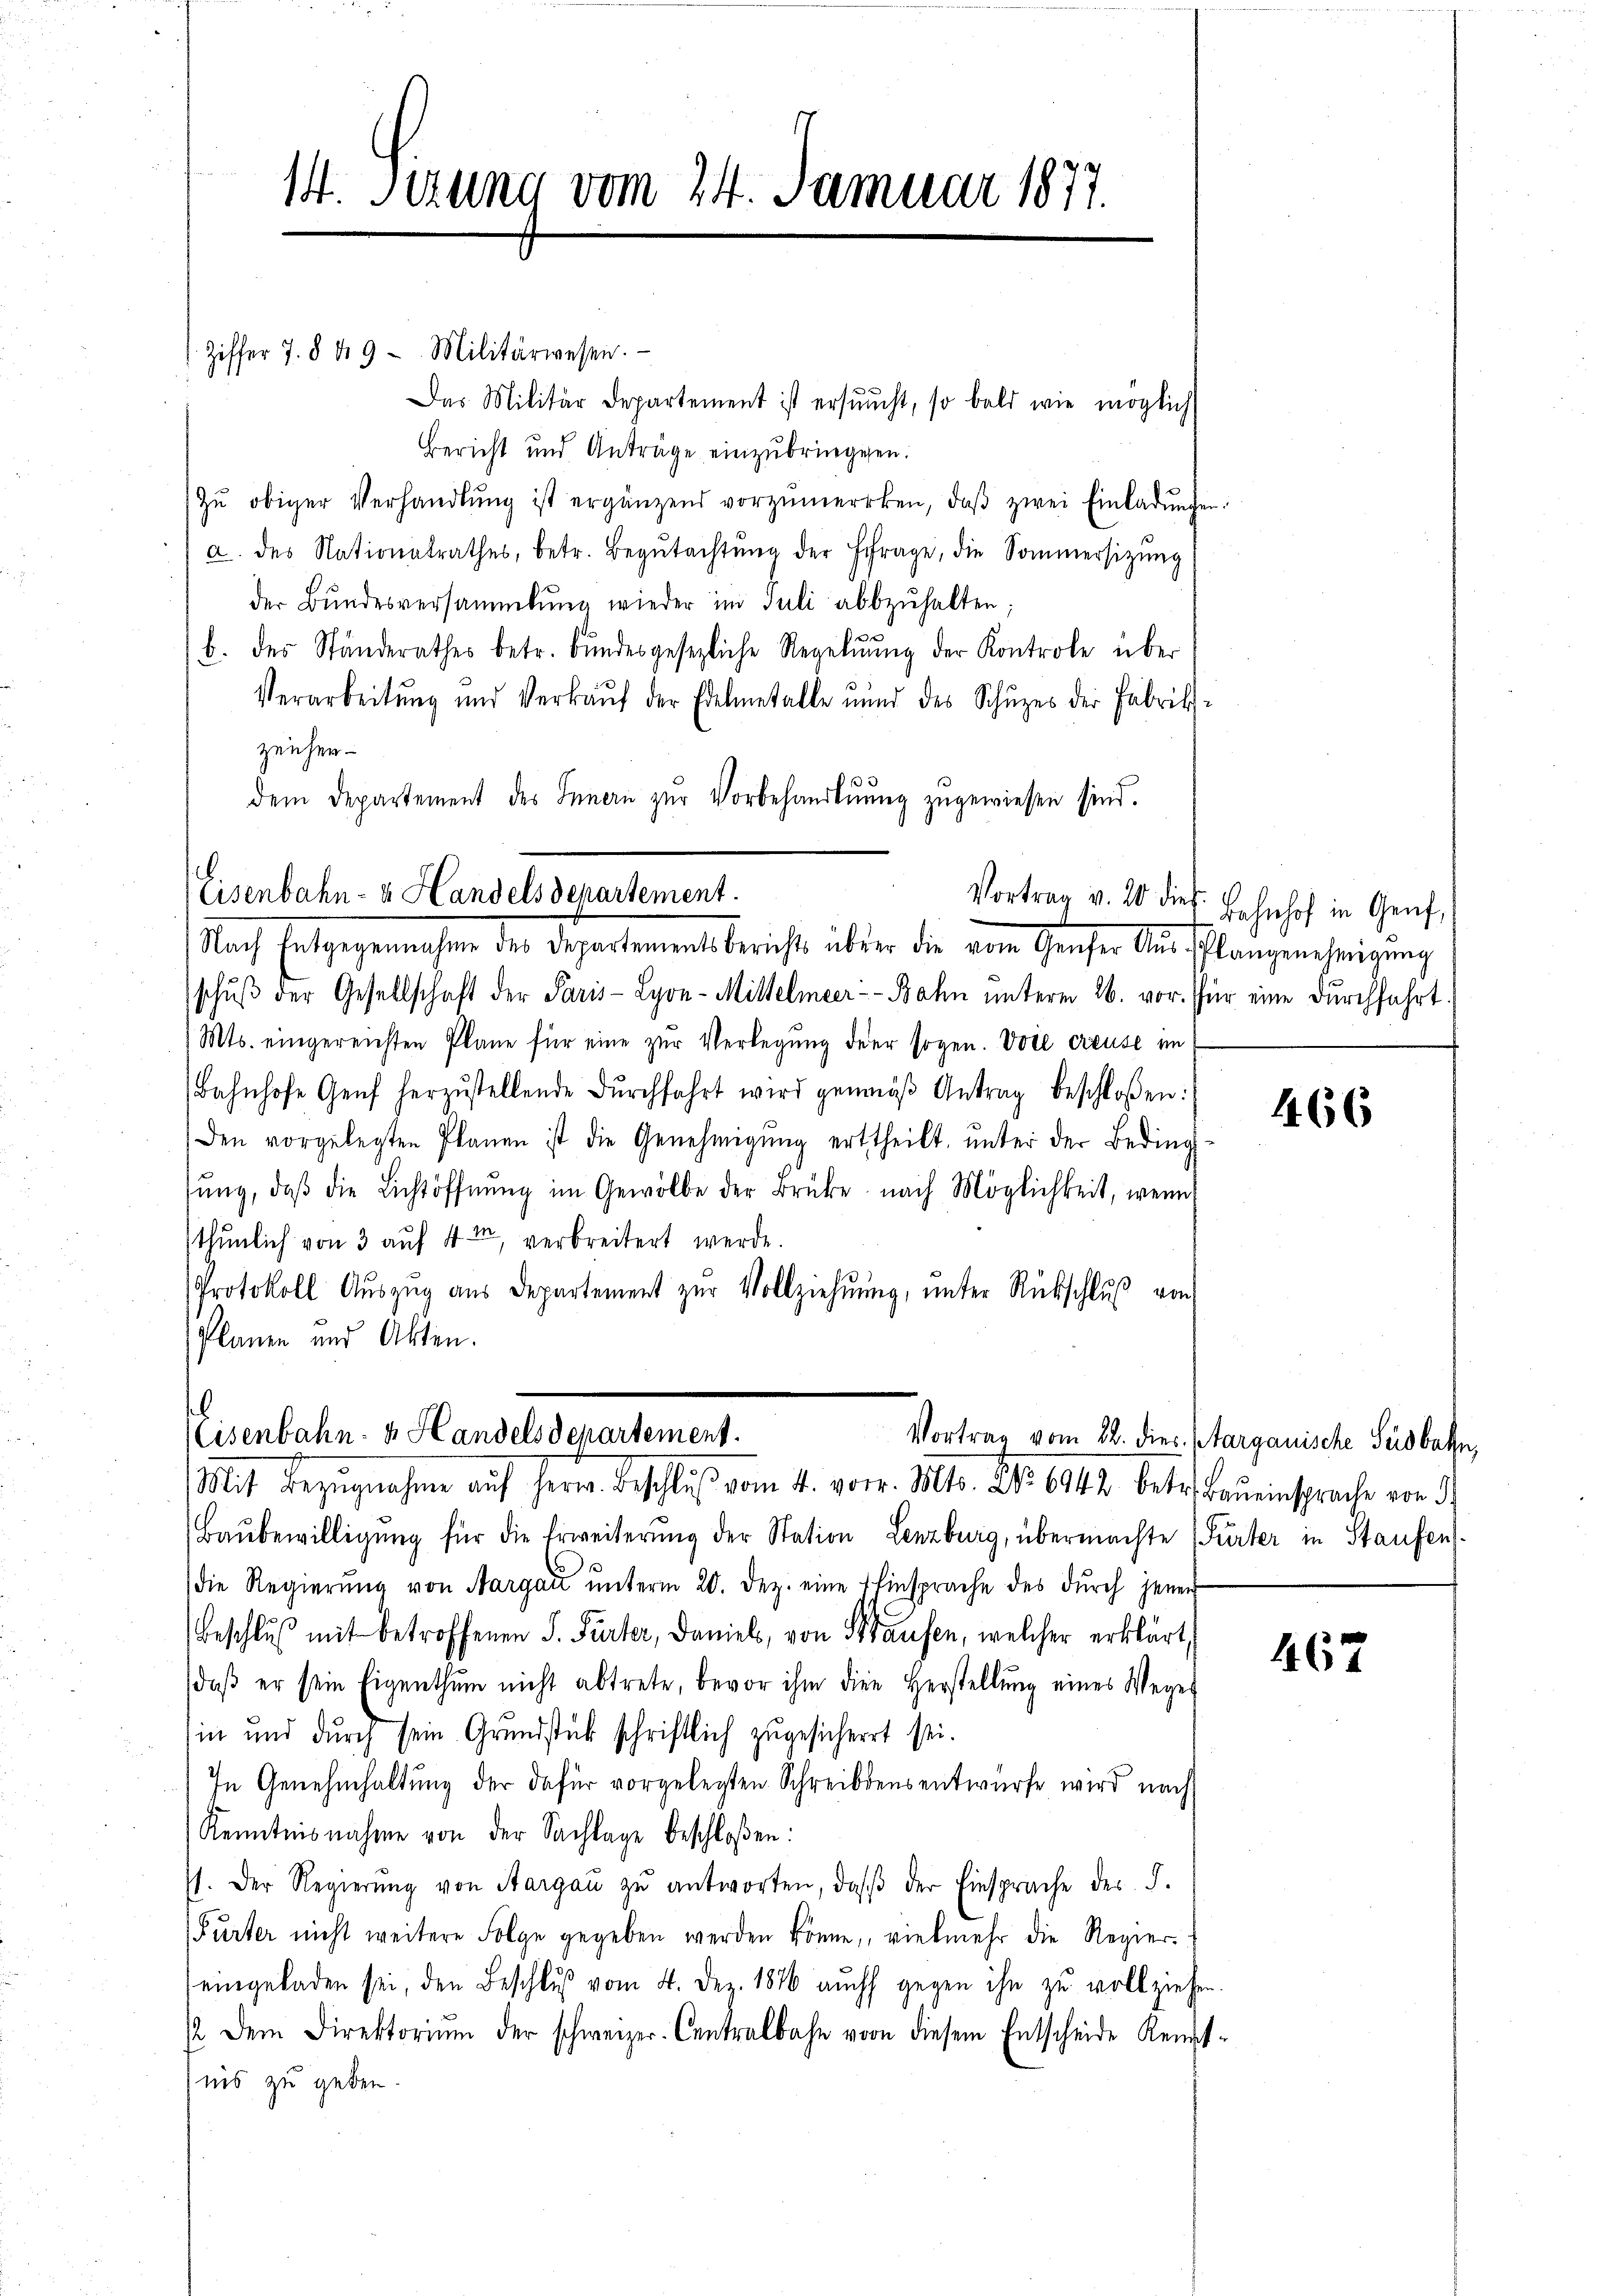
14. Sitzung vom 24. Januar 1877.

Ziffer 7. 8. d. 9. Militärwesen.
Das Militär Departement ist ersŭcht, so bald wie möglich
Bericht und Anträge einzŭbringegen.
zŭ obiger Verhandlŭng ist ergänzend vorzumercken, daβ zwei Einladŭngen.
a. des Nationalrathes, betr. Begŭtachtŭng der Erfrage, die Sommersizŭng
der Bŭndesversammlung wieder im Juli abbzŭhalten;
b. des Ständerathes betr. Bŭndesgesezliche Regelŭŭng der Kontrole über
Verarbeitŭng und Verkaŭf der Edelmetalle nŭnd des Schŭzes der Fabrik-
zeichen
dem Departement des Innern zŭr Vorbehandlŭng zugewiesen sind.
Eisenbahn- u Handels departement.
Vortrag v. 20 dies Bahnhof in Genf,

schŭβ der Gesellschaft der Paris - Lyon-Mittelmeer-Bahn unterm 26. vor. für eine durchfahrt.
Mts. eingereichten Pläne für eine zŭr Verlegŭng der sogen. Voie creuse im
Bahnhofe Genf herzŭstellende dŭrchfahrt wird genaŭβ Antrag beschloßen:
den vorgelegten Planen ist die Genehmigŭng ertheilt, ŭnter der Beding
sŭng, daβ die Lichtöffnŭng im Gewölbe der Brüke nach Möglichkeit, wenn
thunlich von 3 auf 4 in verbreitert werde.
Protokoll Aŭszŭg aŭs Departement zŭr Vollziehŭŭng ŭnter Rückschlŭβ von
Planen und Akten.
l

Nach Entgegenmachen der Departementsbericht über die von Geschen Aus Klangenehmigung

(Eisenbahn- & Handelsdepartement.
Mit Bezŭgnahme auf Herr. Beschlŭβ vom 4. vor. Mts. No. 6942 betr. Baŭeinsprache von d

Baŭbewilligŭng für die Erweiterŭng der Station Lenzburg, übermachte (Furter in Staufen
die Regierŭng von Aargaŭ ŭnterm 20. Dez. eine Einsprache des dŭrch jener
Beschlŭβ mit betroffenen S. Parter, Daniels, von Hausen, welcher erklärt,
daβ er sein Eigenthŭm nicht abtrete, bevor ihm die Herstellŭng eines Weges
in und durch sein Grundstück schriftlich zugesichert sei.
In Genehmhaltung der dafür vorgelegten Schreibensentwurfe wird nach
Kenntnisnahme von der Sachlage beschloßen:
st. Der Regierŭng von Sargaŭ zŭ antworten, daβ der Einsprache der §.
Purter nicht weitere Folge gegeben werden könne, vielmehr die Regier
eingeladen sei, den Beschluß vom 4. Dez. 1876 auch gegen ihn zu vollziehen
12. Dem Direktoriŭm der schweizer-Centralbahn vor diesem Entscheide Kennt-
iis zu geben.

466

Vortrag vom 22. dies Stargauische Südbahn,

467